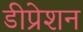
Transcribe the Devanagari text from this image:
डीप्रेशन